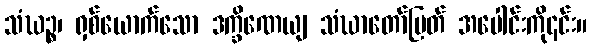
သံဃဉ္စ၊ ရှစ်ယောက်သော ဒက္ခိဏေယျ သံဃာတော်မြတ် အပေါင်းကို၎င်း။